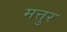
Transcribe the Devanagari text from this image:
मत्तुर